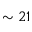
\sim 2 1